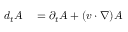
\begin{array} { r l } { d _ { t } A } & { { } = \partial _ { t } A + ( v \cdot \nabla ) A } \end{array}